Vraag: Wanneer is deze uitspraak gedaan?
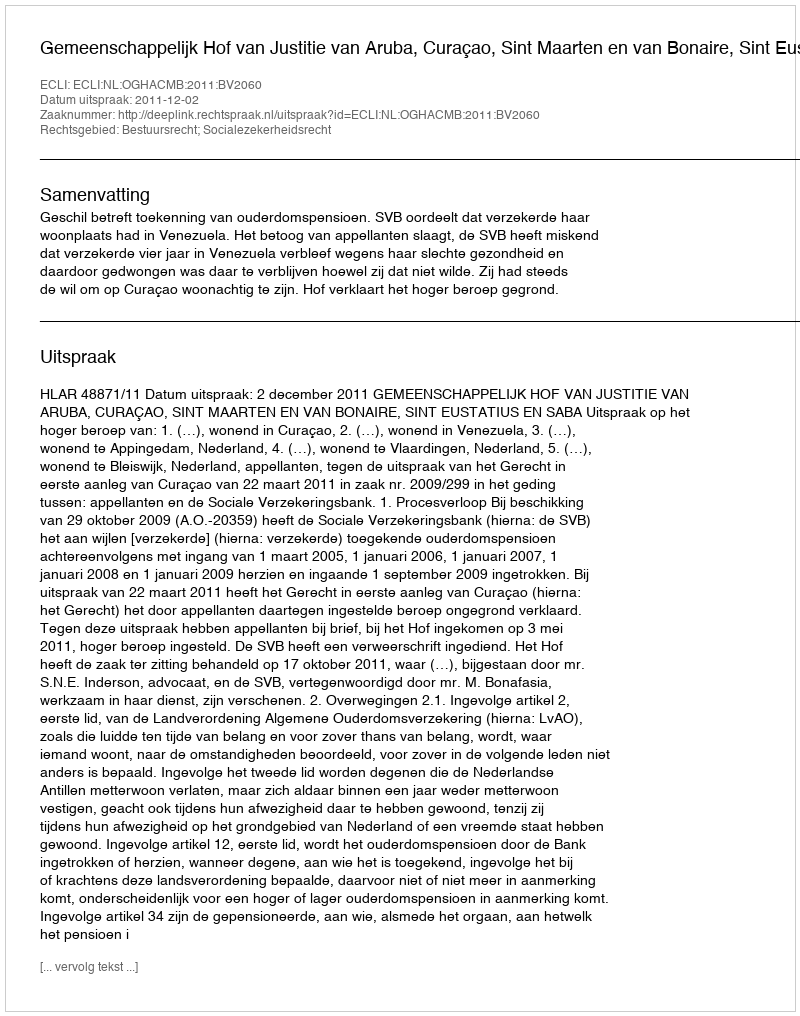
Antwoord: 2011-12-02